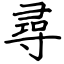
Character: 尋